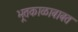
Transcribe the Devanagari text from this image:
भूतकाळाबाबत